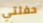
حفلتي